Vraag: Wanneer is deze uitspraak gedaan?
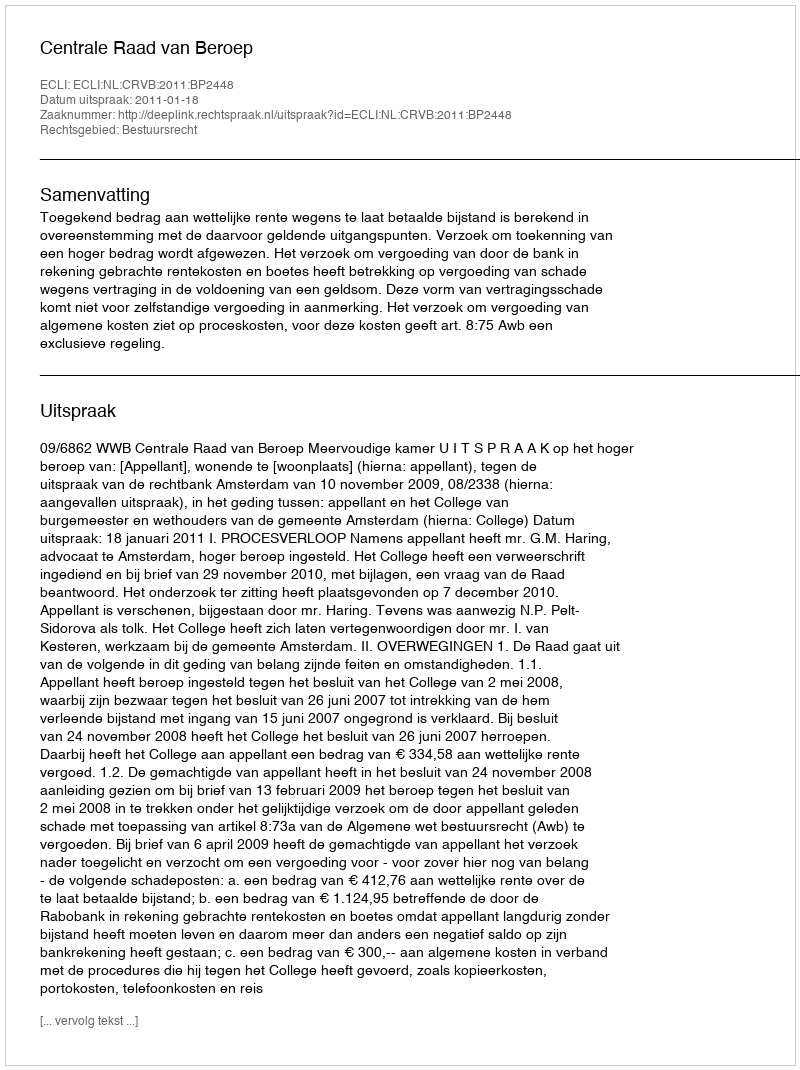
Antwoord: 2011-01-18